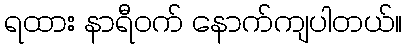
ရထား နာရီဝက် နောက်ကျပါတယ်။